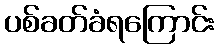
ပစ်ခတ်ခံရကြောင်း